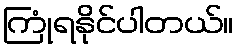
ကြုံရနိုင်ပါတယ်။